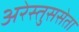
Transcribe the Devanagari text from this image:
अरेस्तुससेता